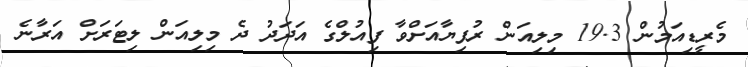
މެރީޑިއަމުން 19.3 މިލިއަން ރުފިޔާއަށްވާ ފިއުލްގެ އަދަދު ދެ މިލިއަން ލިޓަރަށް އަރާނެ